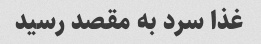
غذا سرد به مقصد رسید